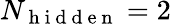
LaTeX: N_{\mathrm{~h~i~d~d~e~n~}}=2